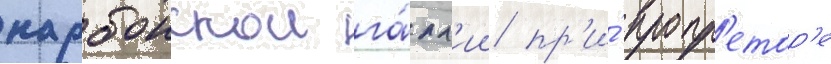
нарбонскои га́лл'ии пр'и́ пропр'етор'е